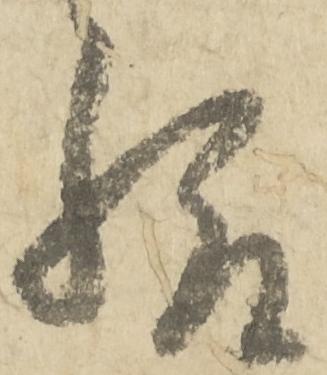
給